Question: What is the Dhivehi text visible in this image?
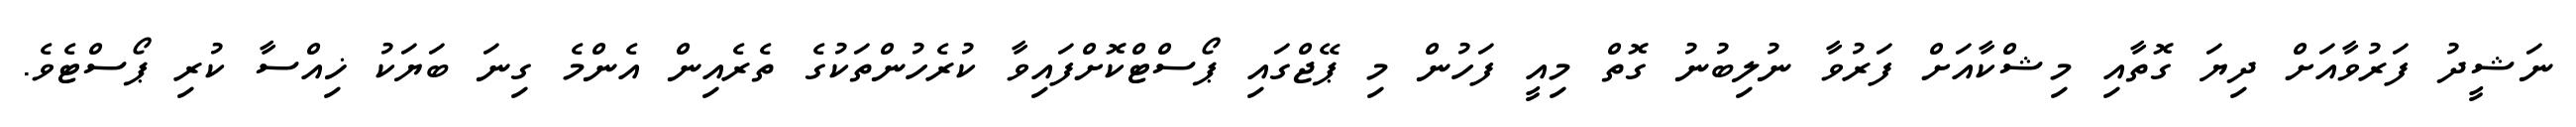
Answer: ނަޝީދު ފަރުވާއަށް ދިޔަ ގޮތާއި މިޝްކާއަށް ފަރުވާ ނުލިބުނު ގޮތް މިއީ ފަހުން މި ޕޭޖްގައި ޕޯސްޓްކޮށްފައިވާ ކުރެހުންތަކުގެ ތެރެއިން އެންމެ ގިނަ ބަޔަކު ޚިއްސާ ކުރި ޕޯސްޓެވެ.